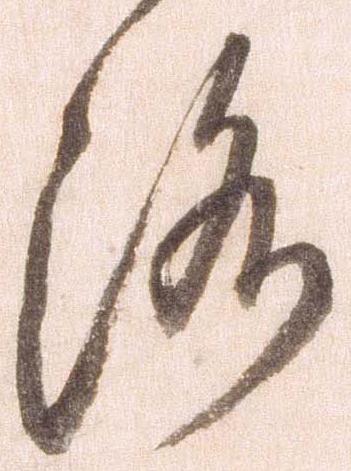
洛